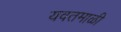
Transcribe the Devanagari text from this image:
यवतमाळी